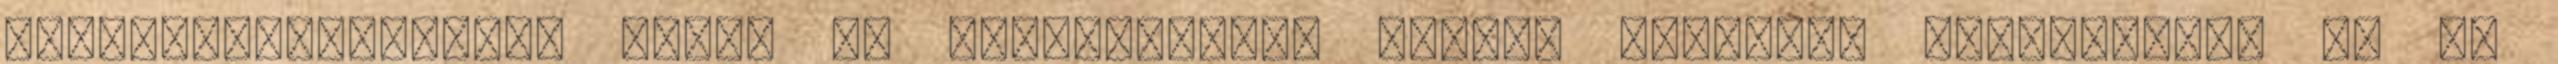
megkeresztelkedtek engem is rendszeresen vittek magukkal prédikálni, és én